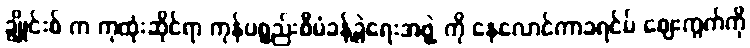
ချွိုင်းစ် က ကုထုံးဆိုင်ရာ ကုန်ပစ္စည်းစီမံခန့်ခွဲရေးအဖွဲ့ ကို နေလောင်ကာခရင်မ် ဈေးကွက်ကို